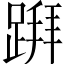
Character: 𨃅